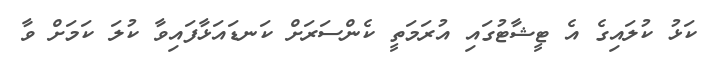
ކަޅު ކުލައިގެ އެ ޓީޝާޓުގައި އުރަމަތީ ކެންސަރަށް ކަނޑައަޅާފައިވާ ކުލަ ކަމަށް ވާ